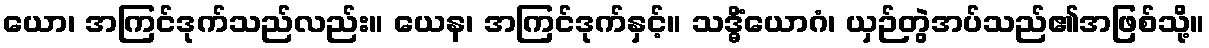
ယော၊ အကြင်ဒုက်သည်လည်း။ ယေန၊ အကြင်ဒုက်နှင့်။ သဒ္ဓိံယောဂံ၊ ယှဉ်တွဲအပ်သည်၏အဖြစ်သို့။